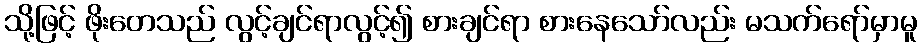
သို့ဖြင့် ဖိုးတေသည် လွင့်ချင်ရာလွင့်၍ စားချင်ရာ စားနေသော်လည်း မသက်ရော်မှာမူ